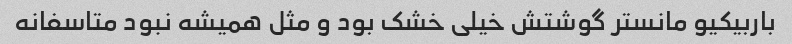
باربیکیو مانستر گوشتش خیلی خشک بود و مثل همیشه نبود متاسفانه